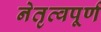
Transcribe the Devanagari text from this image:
नेतृत्वपूर्ण